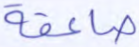
صاعقة